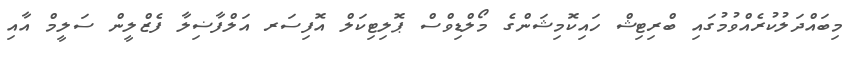
މިބައްދަލުކުރެއްވުމުގައި ބްރިޓިޝް ހައިކޮމިޝަންގެ މޯލްޑިވްސް ޕޮލިޓިކަލް އޮފިސަރ އަލްފާޟިލާ ފެޒްލީން ސަލީމް އާއި